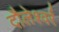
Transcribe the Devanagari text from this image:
दौलेश्वर्र